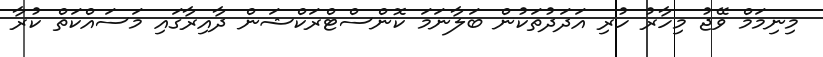
މިނިމަމް ވޭޖު މިހާރު ހުރި އަދަދުތަކުން ބަލާނަމަ ކޮންސްޓްރަކްޝަން ދާއިރާގައި މަސައްކަތް ކުރާ